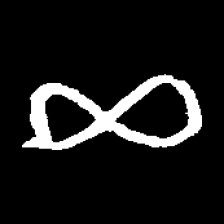
Pyu character \u2014 Myanmar letter: ဆ (romanized: cha)